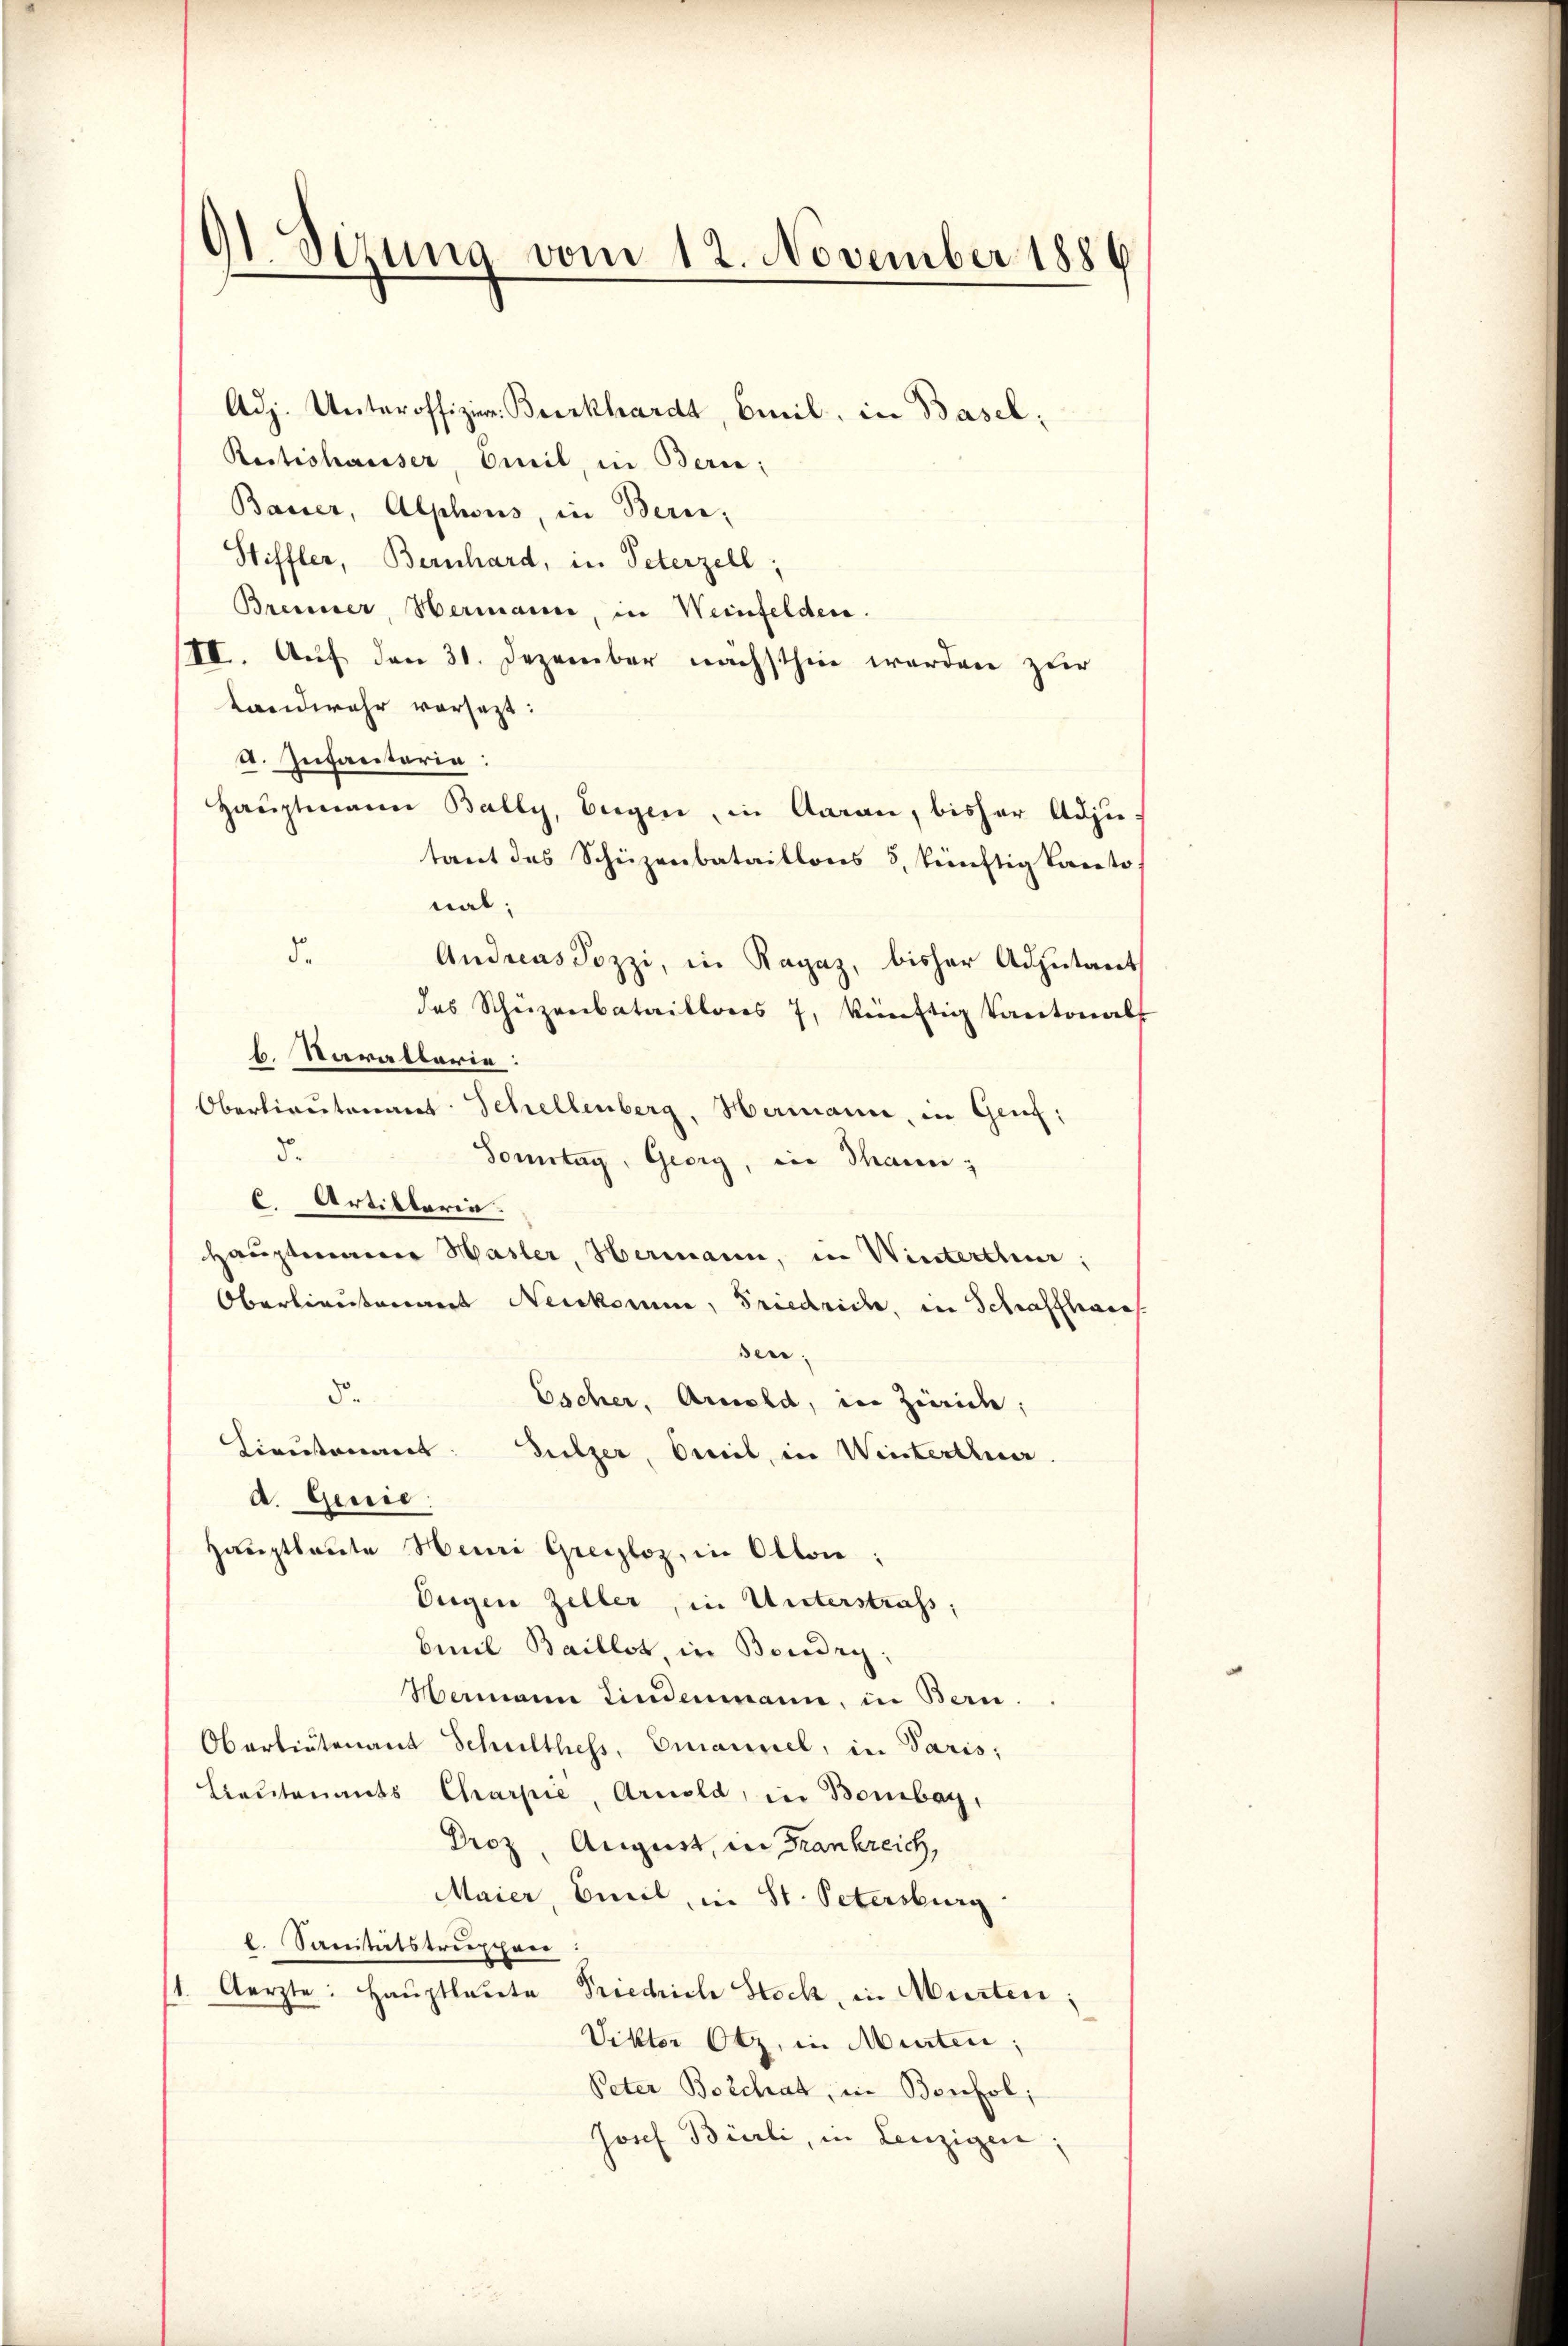
91 Sizung vom 12. November 1886

Adj. Unteroffizien Beerkhardt, Beil, in Basel;
Ristishauser, Emil, in Bern;
Bauer, Alphons, in Berei-
Stiffler, Bernhard, in Peterzell,
Brenner, Hermann, in Weinfelden.
III. Auf den 31. Dezember nächsthin werden zur
Landwehr vorsezt:
A. Infantaria:
Hauptmann Bally, Eugen, in Aaran, bisher Adjutant des Schüzenbataillons 5, künftig kanto
nal;
d.
Andreas Sozzi, in Ragaz, bisher Adjutant
das Schüzenbataillons 7, künftig Kantonalt
b. Sarallerie:
Oberlieutenant Schellenberg, Hermann, in Genf:
5.
Sonntag, Georg, in Thanne;
C. Artiklarie.
Hauptmann Hasler, Hermann, in Winterthur;
Oberlieutenant Neukomme, Friedrich, in Schaffhaus
sen
d.
Escher, Arnold, in Zürich;
Lieutenant: Sulzer, Oril, in Weisterthur.
d. Genie:
Haŭptlaute Heni Greizloz, in Olton;
Eugen Zeller, in Unterstrafs;
Emil Baillet, in Bondig;
Hermann Lindenmann, in Bern
Oberbietenant Schulthess, Emanuel, in Paris;
Beutenants Charpie, Arnold, in Bombar,
Droz. August, in Frankreich,
Maier, Emil, in St. Petersburg
l. Sanitätstrupper
1. Aerzte: Haŭptlaŭte Priedrich Steck, in Murten;
Viktor Otz, in Murten;
Peter Borchat, in Bonfol
Josef Burli, in Lenzigen: